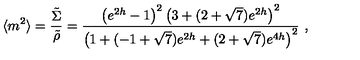
\langle m ^ { 2 } \rangle = { \frac { \tilde { \Sigma } } { \tilde { \rho } } } = { \frac { \left( e ^ { 2 h } - 1 \right) ^ { 2 } \left( 3 + ( 2 + \sqrt { 7 } ) e ^ { 2 h } \right) ^ { 2 } } { \left( 1 + ( - 1 + \sqrt { 7 } ) e ^ { 2 h } + ( 2 + \sqrt { 7 } ) e ^ { 4 h } \right) ^ { 2 } } } \ ,